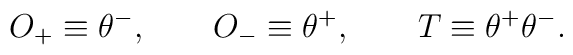
O_{+}\equiv \theta ^{-},\qquad O_{-}\equiv \theta ^{+},\qquad T\equiv \theta^{+}\theta ^{-}.